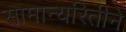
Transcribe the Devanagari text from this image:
सामान्यरितीने